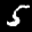
Label: 5